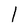
Character: l